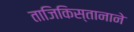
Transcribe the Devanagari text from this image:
ताजिकिस्तानाने